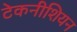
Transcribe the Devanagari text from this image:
टेकनीशियन